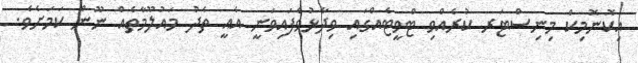
އިކޮނޮމިކް މިނިސްޓަރ ކުރެއްވި ޓްވީޓެއްގައި ވިދާޅުވެފައިވަނީ އެއީ ތެދު މައުލޫމާތެއް ނޫން ކަމަށެވެ.